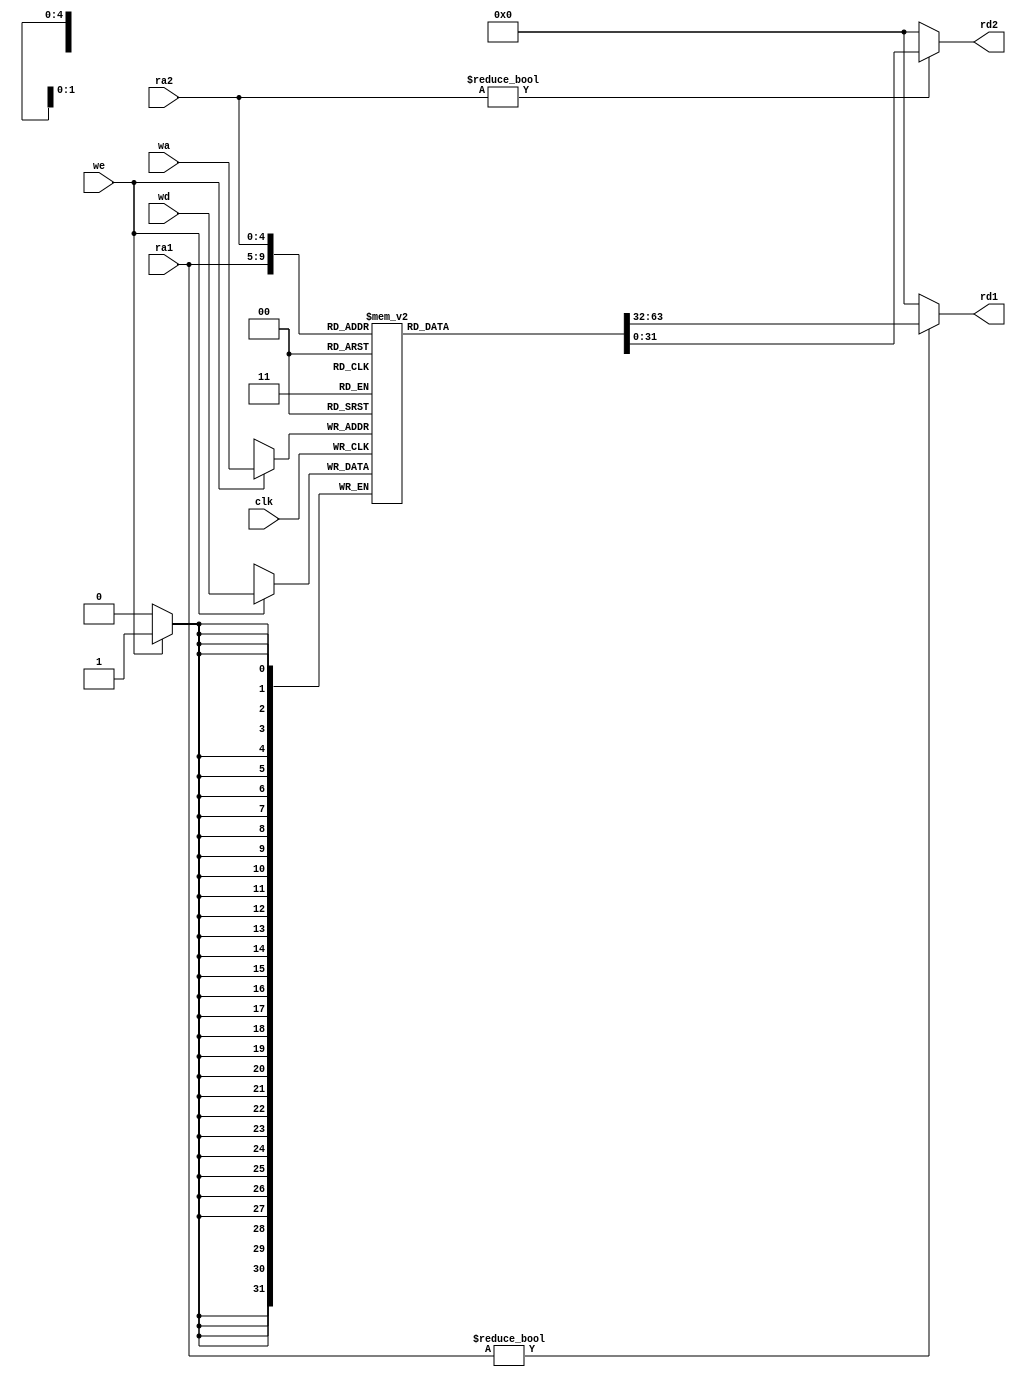
`timescale 1ns / 1ps
//////////////////////////////////////////////////////////////////////////////////
// Company: 
// Engineer: 
// 
// Design Name: 
// Module Name: regfile
// Project Name: 
// Target Devices: 
// Tool Versions: 
// Description: 
// 
// Dependencies: 
// 
// Revision:
// Revision 0.01 - File Created
// Additional Comments:
// 
//////////////////////////////////////////////////////////////////////////////////


module regfile(
    input clk,
    input we,  // write enable
    input [4:0] ra1, ra2,
    input [4:0]wa,  // write address
    input [31:0] wd,  //write data
    output [31:0] rd1, rd2
    );
    
    reg [31:0] rf[31:0];
    
    always@(posedge clk)
        if(we)
            begin
                rf[wa] <= wd;
                $display("R%d = %h", wa, wd);
            end
    assign rd1 = (ra1 != 0) ? rf[ra1] : 0;
    assign rd2 = (ra2 != 0) ? rf[ra2]: 0;
endmodule